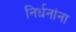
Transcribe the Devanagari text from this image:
निर्धनांना